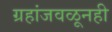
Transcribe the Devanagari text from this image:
ग्रहांजवळूनही